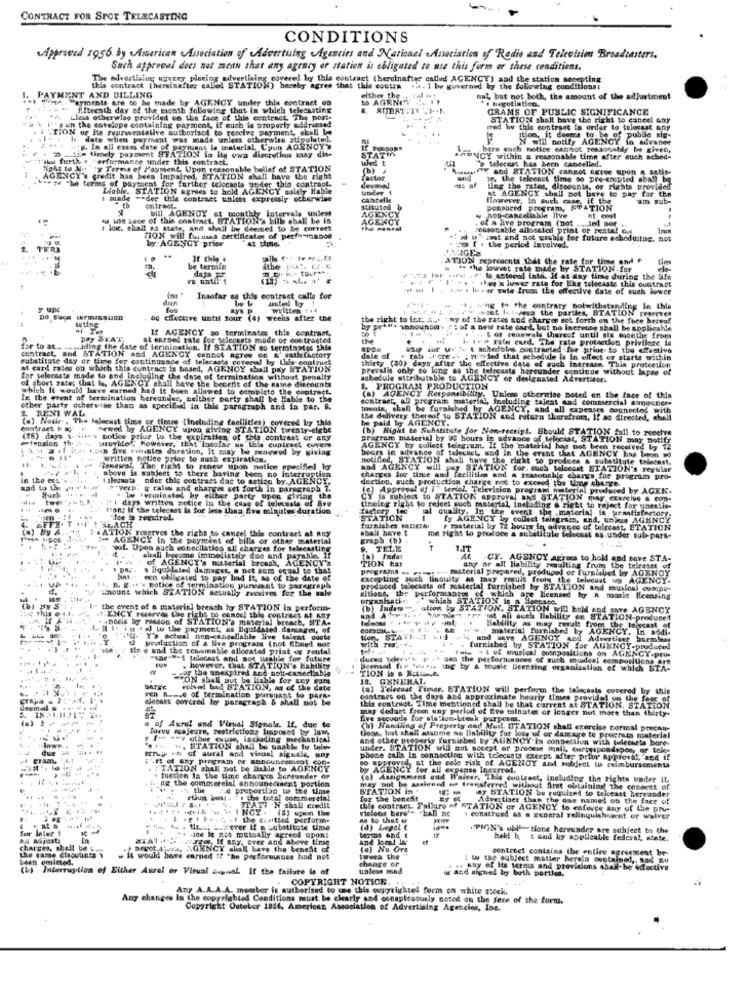
CONTRACT FOR SPOT TELECASTING
CONDITIONS
Approved 1956 by American Association of Advertising Agencies and National Association of Radio and Television Broadcasters.
Such approval does not menn that any agency of station is obligated to use this form or these conditions.
vertising wney placing advertising covered by this contract (heroinafter estled AGENCY) and the station accepting
PAYMENT AND BILLING
contract (hereinafter called STATION) hereby agree that this contra 14. 1 be governed by the following conditions:
ayments Are so he made by AGENCY under thin contract on
either the .!
to AGRNET . IT
nul, but not both, the amount of the adjustment
fifteenth day of the month following that in which telecasting
GRAMS OF PUBLIC SIGNIFICANCE
Llais otherwise provided on the face of this contract The post-
STATION shall have the right to cancel any
sun the cavelope containing payment, if such is properly addressed
its reprwentalive authorised to receive payme
med hy this contrast In order to telocast any
date when payment was made unless otherwise stipulated-
....
Ition, it descre to be of publle sig-
N will notify AGENCY in advaner
.* g. In all cases date of payment la inaturial Cyon AGENCY'S
TAT
bere goch notice cannot reasonably be given,
m "f"that fuethe Performance under this contract.
5 .the timely payment STATION is ily own discretion kaay dine
lidt
ANCY within a reasonable time after auch sched-
" telecast has been cancelled.
Tight to Alt'ry Terms of Payment. Upon reasonable bellef of STATION
(b)
Y and STATION cannot agree upon n actite
AGENCY's credit has been Impaired, STATION shall have the right
"tw The terms of paytoent for further telocants under this contract.
factor.
1. the teleenst time so pre-ensuited aball by
Liable. STATION agrees to hold AGENCY solely Ifable
oder1
iing the rates, discounts, or Fights provided
At AGENCY shall not bave to pay for the
: made
== der this contraes unless expressly otherwise
However, In such case, if the
am sub-
ontract
stituted
AGE
DonBored
Program, STATION
au, Le zone of this onstract, STATION's bills shall be is
bill AGENCY at monthly Intervals unless
. of a live program (not ..... jed Bor
low. shall sa state, and shall be deemed to be correct
cessociable allbestod print or rental Cy
TION will fuimed certificates of performance
by: AGENCY .prior
wat and not urable for future scheduling, not
PAGES
f . the period involved.
If this .
ATION represents that the rate for time and f
be termin
* the lowest rate made by STATION.for
ve until 1
dass Fr
InF .ord . . " le esteend into. If at any time during the life
the lower rate for like telecasts this contract
mm | . For . lu . er Tule from the effective date of much lower
duur
Insofar sa this contract calls for
ays P
written : +48
:7 - . . . It-ya the parties, STATION reserve!
" ", Ing to the contraty notwithstanding in this
De Sucs wrmIGation
og effective until four (4) weeks after the
the right to int. A .. "ny of the rates and charges set forth on the fuee hereof
If AGENCY so terminates this contract,
by prt
" sanounon . 2; of a new rate card, but no inereuse shall be applicable
pay STAT
at earned rate for telecasts mode or contracted
the
i. iva rate curd. The rate protection privilege ia
Cor renswels thereof until six months from
for to at. ..... iding the date of lerinination. If STATION so terminstse phia
asq tur w.A. t schedules contracted for prior to the effective
substitute day of time for continuance of telecasts coverel by this contrues
contract, and STATION and AGENCY cannot agree on s' satisfactory
date of
rata .l'ore -. : ren ded that schedule is in effect er starte within
at card rates on which this contract is based, AGENCY shall pay STATION
thirty (30) days after the effective date of such increase. This protection
prevalis only so long as the telecasts hereunder continue without lapse of
for telecasts made to and Including the date of termination without penalty
of short zate; (hat fe, AGENCY shall have the becerit of the name discounts
achodule attributable to AGENCY or designated Advertiser.
which it would have eurned had it been allowed to completo the contract.
&. PROGRAM PRODUCTION
In the event of termination hereunder, neither party shall be liable to the
(a) AGENCY Responsibility. Unless otherwise noted en the face of this
contract, all program material, including talent and commercial annoener-
other party otherwise than as specified in this paragraph and is par. 9.
Inents, shall be faraished by
AGENCY, and all expenses connected with
3. RENI WAL
(a) Nowir, The telecast time or tienes .(Including feelliten) covered by this
the delivery thereof to STATION and retura therefrom, if so directed, shall
be paid by AGENCY.
Contract & #
newed by AGENCY upon giving STATION twenty-efebe
(b) Right to Substitute for Non-receipt. Should STATION fall to receive
(28) dags 1 iity notice prius to the expiration of this contraet or any
pragram material by 96 hours in advance of teleast, STATION may notliy
A Jer ia. IJan five Iilautes duration, It may be meanred by giving
provide !, However," that insolar us this cuptenet cuvers
AGENCY by collect telegram. If the 'material has not been received by 72
hours in advance of telecast, and in the event that AGENCY has been =0
. .. written notice prior to auch expiration.
notified, STATION shall have the right to produce a substitute talecast.
Renewal, The right to renew upon notice specified ky
and AGENCY will pay STATION for. much telecest STATION's regular
in the ecs"
shove is subject to there having been no interruption
talevasta nder this contract due to action by AGENCY.
charges for time and facilities and a reasonable chargs foe program pro-
dection, such production charge not to exceed the Liane chance.
aad to the gift
Such
#*VerD. & ralım and charger set forth in paragraph i.
(e) Approval of I" teriet Television program waterin produced by AGEN-
# 1 days written notice in the caug of telecasts of Ave
Iw terminated by eliber party upor giving the
is subject to STATION approval and STATION may exercive a cop-
l'on; if the telecast is for less than five minutes duration
tineing right to reject auch material, including @ zieht to reject for unestis-
sal quality. In the event. the material is turnatisfactory.
ALACH
"fee e required.
STATION
fy AGENCY by collect telegram, and, unkes AGENCY
.ATION reserves the right to cancel this contract at any
furnishes Baresa
shall have t
material by 72 hours in advance of telecast, ETATION
I- AGENCY in the payment of bills or other material
graph (b) .
me right to produce a substitute telecast ns.under sub-pars-
wol. Upea auch conecllation all charges for teleensting
TELE
T.IT
- of AGENCY's material brosch, AGENCY'S
shall become immediately due and payable. If
TION hat
-CY. AGENCY agrees to hold and save STA-
s liquklated damages, a net som equal to that
programs w.
w pues mi- material prepared, produced or furniabed by AGENCY
any or all liability resulting from the telreset of
con obligated to pay bad It, as of the date of
excepting such lisquity as may result from the telveust om AGENCY.
4. n. g. .. 's potice of termination pursuant to paragraph
amount which STATION actually avodves for the sale
produced telecasts of mosterial furnished by STATION and musical compo-
ations, the performances of which ape licensed by a masie Hewasing
organisati .;
which STATION is a Heensne.
the event of a material breach hy STATION is performn-
alion by STATION. STATION will bold and anwe AGENCY
Anceis by reason of STATION's material breach, STA-
ENCY reserves the right to cancel this contract at Any
wat
le's rre it all such liability en STATION-produced
1. igJ to the payment, as liquidsted. damage, of
ww . material furnished by AGENCY, In seal-
Hability as may result from the tolacast of
"- "Y's actual non-cancellabile live talent costs
production of a live program (not Eihned nor
STA
+4 and sere AGENCY and Advertiser barmleer
/ tie e and the reasonable allocated print og rental
Inte + 4 of musical compositions on AGENCY.pro.
furnished by STATION for AGENCY-producel
"se"".i telocast and nos usable for future
sea the pecforn ances of such musical compositiona ore
For the anexpired and not-casoclisbin
. however, that STATION's Hability
TION Is a Native.
ing by a musie licensing organization of which STA-
ON shall not be liable for any par
10.
GENERAL,
volved bad STATION, as of the date
(a) Telecual Timer. STATION will perform the telecasts covered by this
ven n .-. e of termination pursuant to part.
WJosaEt corcred hy paragraph & shall not be
contraes on the days and approximate hourly tintes provided on the fees of
this contract. Time mentioned shall be that current at STATION, STATION,
may dedust from uny period of five minutes or longer not more than thirty-
five seconds for stallun-breuk purposto.
of Aural and Visual Signals. If. due to
forey majeure, restrictions Imposed by law
(6) -Handling of Property and Mail, STATION shall exercice normal precau-
r f == == y other quuse, including mechanical
tions, but shall ausame no liability for lots of or damage to pregnsta material
and other property furnished by AGENCY'In connection with teleckets bare-
'. ... .. STATION shall be unable to tele-
under. STATION will aut accept or process mail, curryspondepor, or toles
ETAM
trrup .h of aural and visual signale, uny
Furt of any program of announcement
phone cal's in connection with telecasts except after prior approval. and if
"TATION shall not be liable to AGENCY
by AGENCY for all expense Incurred.
so approved, at the cole risk of AGENOY and msbject to reimbursements
y fuetion in the time charges hereunder or
ag the commercial announecotent portion
(c) Assignment and Waiver. This cvutrect, including the rights under it.
Le proportiso to the time
STATION in +
may not be assigned we transferred without first obtaining the content of
ruun bes .. . the total commercial
for the benefit
y STATION be required to teleast hereander
Advertiser than the one named on the face of
1 .**:* * ik -> \ INCY. (8) upon the
3TATI .N shall credit
this contract. Failure of STATION or AGENCY to enforce any of the pre-
visions bere-
- . hall nc
. . . ....... . the castled perform-
ne to that e
construed as . general relinquishsont or waiver
-. .. HE- -- wever if a substitute time
terms and
(a) Legal C
.TION's UMt =- tions hereunder are subject to the
ha adjust
STA) ... - Jag, If any, over and above time
-. ice le got mutually agreed upon:
and local In
heid b e and by applicable federal, state,
Charges, shell bei
the game cfacolin'ts
Derot.J'ai, AGENCY
WCY shall have the benefit of
(a) No. Ora
contract contains the entire agreement be-
been omitted.
it would have earned ff the performance had not
tweea the
change or
: to the subject matter herein contained, and no
Interruption of Either Aurel or Visual baysal If the failure is of
unless mad
ur and aigued by both parties.
. .. Hay of its terms and provisions Ahalf-bereit
COPYRIGHT NOTICE. .
Any A.A.A.A. member is authorised to une this copyrighted form on white stock.
Any changes in the copyrighted Conditions must be charly and conspicuously noted on the fece of the form.
Copyright October 1956, American Association of Advertising Agencies, Inc.